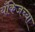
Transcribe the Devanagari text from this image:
यँकिजच्या